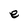
Character: e